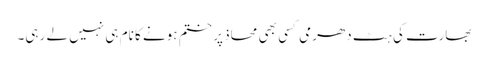
بھارت کی ہٹ دھرمی کسی بھی محاذ پر ختم ہونے کا نام ہی نہیں لے رہی۔